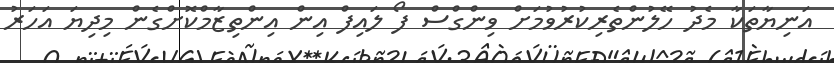
އަނިޔާތަކާ މެދު ހޭލުންތެރިކުރުވުމަށް ވިންގްސް ފޯ ލައިފް އިން އިންތިޒާމްކޮށްގެން މިދިޔަ އަހަރު